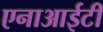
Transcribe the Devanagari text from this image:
एनाआईटी